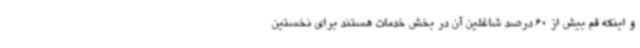
و اینکه قم بیش از 60 درصد شاغلین آن در بخش خدمات هستند برای نخستین